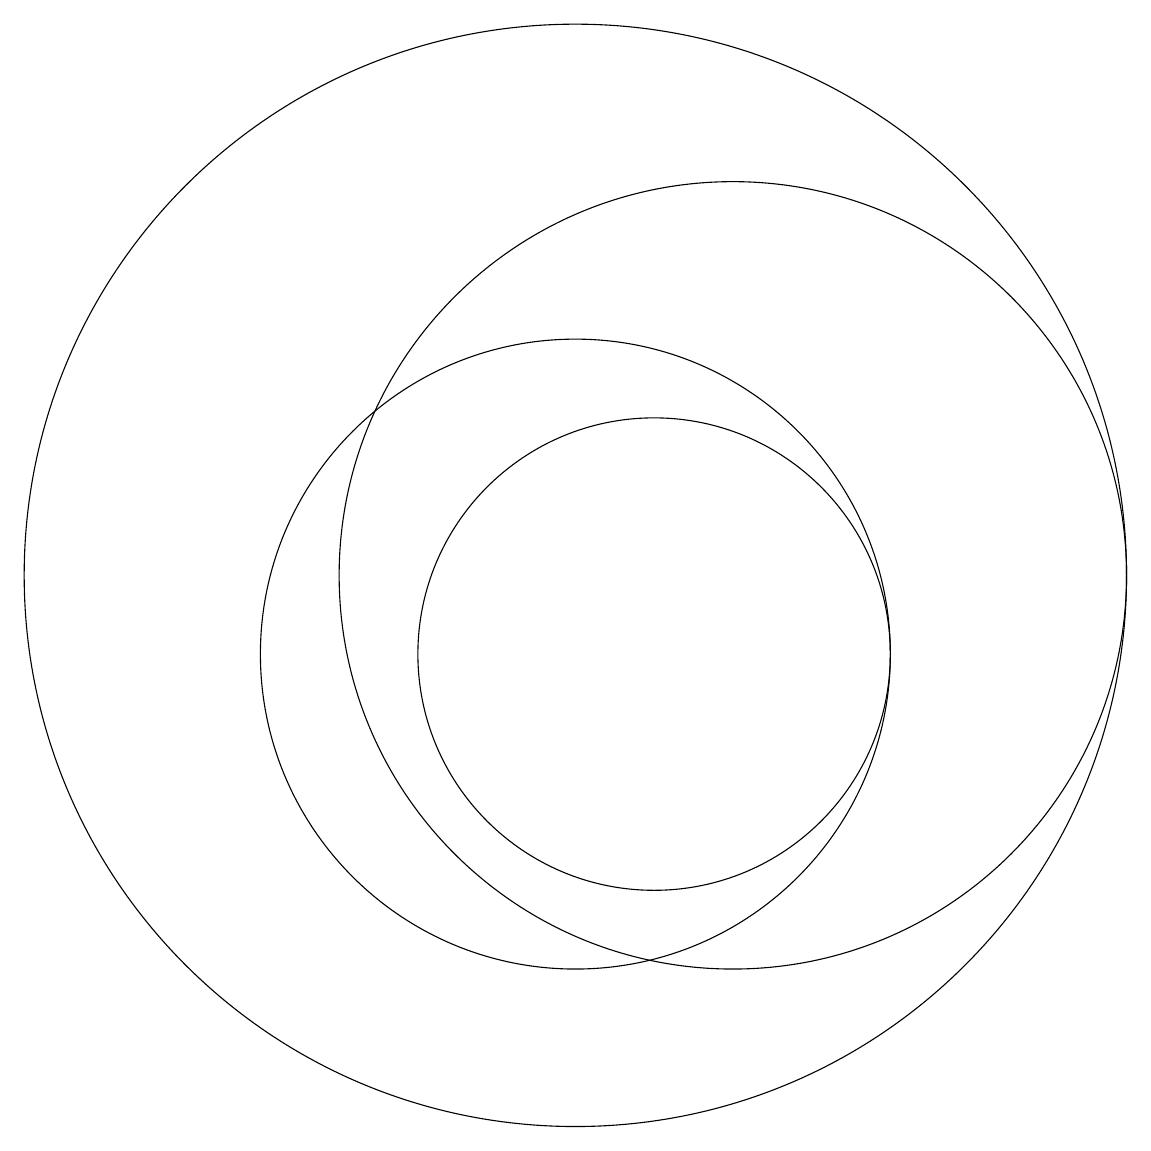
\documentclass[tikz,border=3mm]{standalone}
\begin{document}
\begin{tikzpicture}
\draw (10,11) circle (7);
\draw (12,11) circle (5);
\draw (10,10) circle (4);
\draw (11,10) circle (3);
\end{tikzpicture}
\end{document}